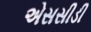
એસસીડી